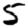
Digit: 5